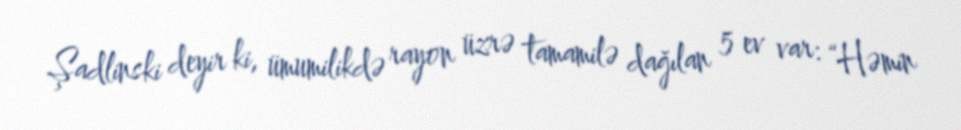
Şadlinski deyir ki, ümumilikdə rayon üzrə tamamilə dağılan 5 ev var: “Həmin